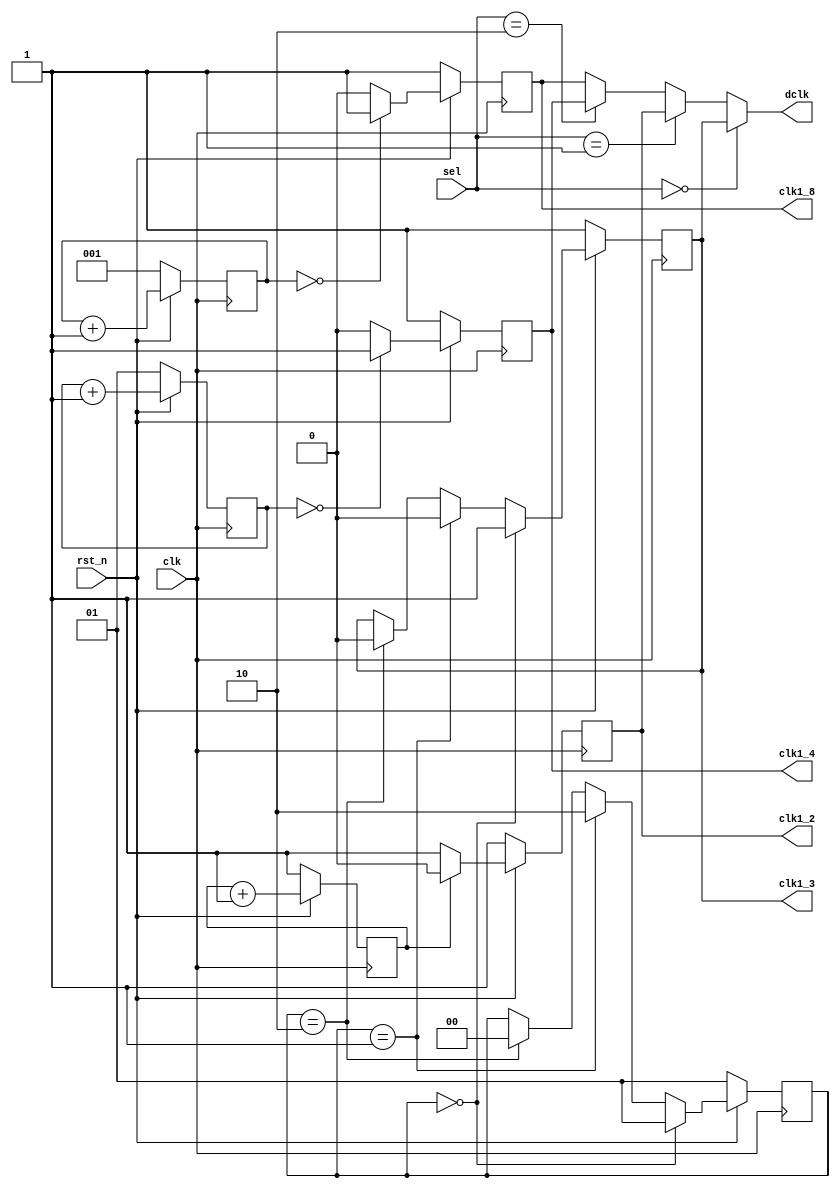
module Clock_Divider (clk, rst_n, sel, clk1_2, clk1_4, clk1_8, clk1_3, dclk);
input clk, rst_n;
input [1:0] sel;
output clk1_2;
output clk1_4;
output clk1_8;
output clk1_3;
output dclk;

reg clk1_2, clk1_4, clk1_3, clk1_8, dclk;
reg [2:0] clk_count_8;
reg [1:0] clk_count_4;
reg [1:0] clk_count_3;
reg clk_count;

wire CLK;

assign CLK = ~clk;

always @(posedge CLK)begin
    
    if(rst_n == 1'b0) begin
        clk_count <= 1'b01;
        clk_count_3 <= 2'b01;
        clk_count_4 <= 2'b01;
        clk_count_8 <= 3'b001;
        clk1_2 <= 1'b1;
        clk1_3 <= 1'b1;
        clk1_4 <= 1'b1;
        clk1_8 <= 1'b1;
    end
    else begin
        clk_count_8 <= clk_count_8 + 1'b1;
        clk_count_4 <= clk_count_4 + 1'b1;
        clk_count <= clk_count + 1'b1;

        if(clk_count_8 == 3'b000) 
            clk1_8 <= 1'b1;
        else
            clk1_8 <= 1'b0;
        
        if(clk_count_4 == 2'b00)
            clk1_4 <= 1'b1;
        else
            clk1_4 <= 1'b0;

        if(clk_count_3 == 2'b00) begin
            clk_count_3 <= 2'b01;
            clk1_3 <= 1'b1;
        end        
        else if(clk_count_3 == 2'b01) begin
            clk_count_3 <= 2'b10;
            clk1_3 <= 1'b0;
        end
        else if(clk_count_3 == 2'b10) begin
            clk_count_3 <= 2'b00;
            clk1_3 <= 1'b0;
        end
        else begin
            //do nothing
        end

        if(clk_count == 1'b0)
            clk1_2 <= 1'b1;
        else
            clk1_2 <= 1'b0;

    end
end



always @(*)begin
    //if(rst_n == 1'b0)
    if(sel == 2'b00)
        dclk = clk1_3;
    else if(sel == 2'b01) 
        dclk = clk1_2;
    else if(sel == 2'b10)
        dclk = clk1_4;
    else
        dclk = clk1_8;
end

endmodule